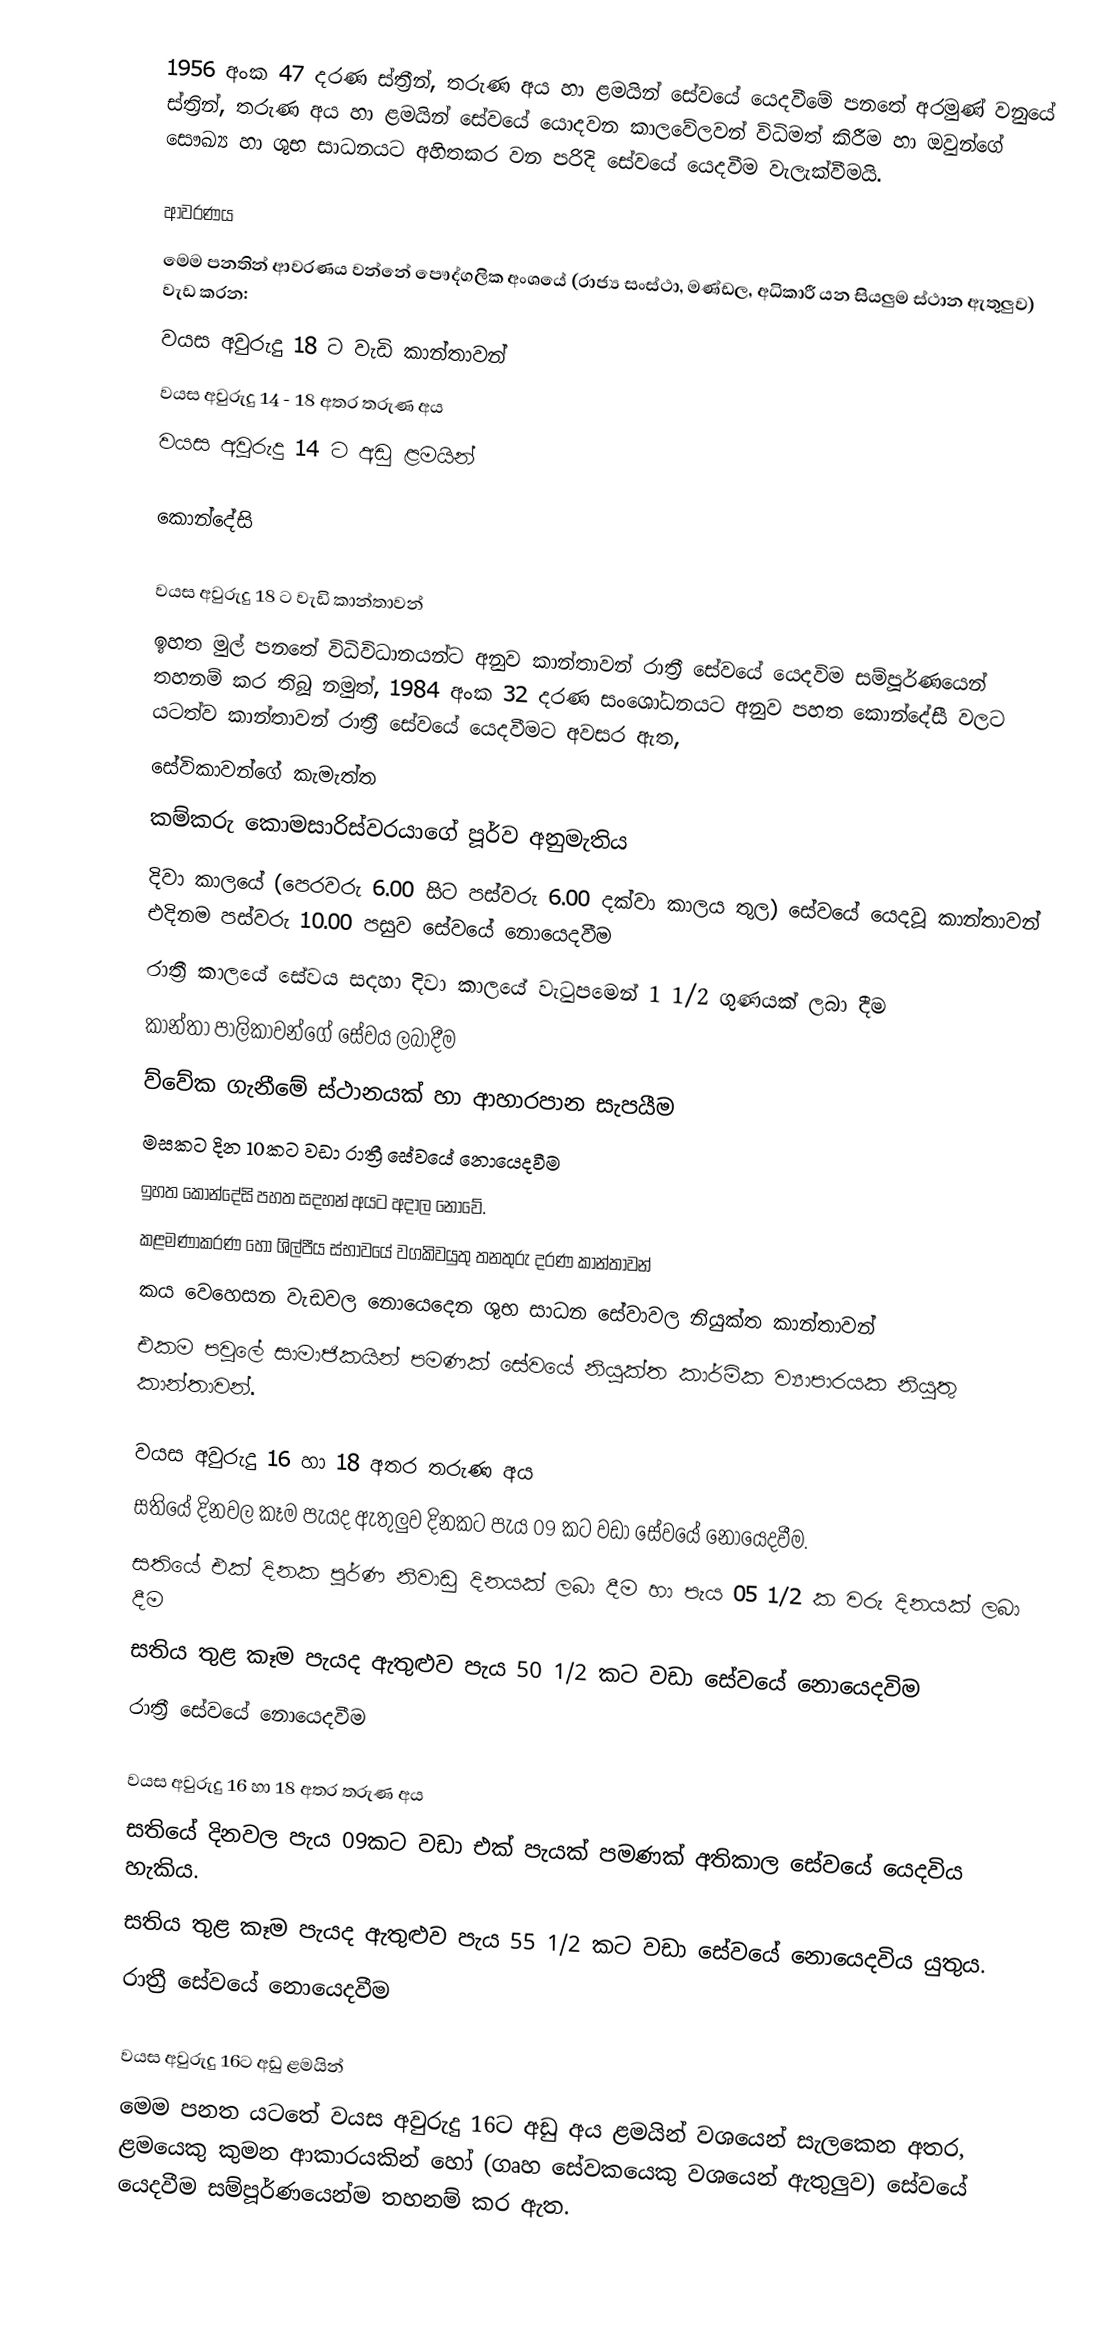
1956 අංක 47 දරණ ස්ත්‍රීන්, තරුණ අය හා ළමයින් සේවයේ යෙදවීමේ පනතේ අරමුණ් වනුයේ ස්ත්‍රින්, තරුණ අය හා ළමයින් සේවයේ යොදවන කාලවේලවන් විධිමත් කිරීම හා ඔවුන්ගේ සෞඛ්‍ය හා ශුභ සාධනයට අහිතකර වන පරිදි සේවයේ යෙදවීම වැලැක්වීමයි.

ආවරණය
මෙම පනතින් ආවරණය වන්නේ පෞද්ගලික අංශයේ (රාජ්‍ය සංස්ථා, මණ්ඩල, අධිකාරී යන සියලුම ස්ථාන ඇතුලුව) වැඩ කරන:
 වයස අවුරුදු 18 ට වැඩි කාන්තාවන්
 වයස අවුරුදු  14 - 18 අතර තරුණ අය
 වයස අවුරුදු 14 ට අඩු ළමයින්

කොන්දේසි

වයස අවුරුදු 18 ට වැඩි කාන්තාවන්
ඉහත මුල් පනතේ විධිවිධානයන්ට අනුව කාන්තාවන් රාත්‍රී සේවයේ යෙදවිම සම්පූර්ණයෙන් තහනම් කර තිබූ නමුත්, 1984 අංක 32 දරණ සංශෝධනයට අනුව පහත කොන්දේසී වලට යටත්ව කාන්තාවන් රාත්‍රී සේවයේ යෙදවීමට අවසර ඇත,
 සේවිකාවන්ගේ කැමැත්ත
 කම්කරු කොමසාරිස්වරයාගේ පූර්ව අනුමැතිය
 දිවා කාලයේ  (පෙරවරු 6.00 සිට පස්වරු 6.00 දක්වා කාලය තුල) සේවයේ යෙදවූ කාන්තාවන් එදිනම පස්වරු 10.00 පසුව සේවයේ නොයෙදවීම
 රාත්‍රී කාලයේ සේවය සදහා දිවා කාලයේ වැටුපමෙන් 1 1/2 ගුණයක් ලබා දීම
 කාන්තා පාලිකාවන්ගේ සේවය ලබාදීම
 ව්වේක ගැනීමේ ස්ථානයක් හා ආහාරපාන සැපයීම
 මසකට දින 10කට වඩා රාත්‍රී සේවයේ නොයෙදවීම
ඉහත කොන්දේසි පහත සදහන් අයට අදාල නොවේ.
 කළමණාකරණ හෝ ශිල්පීය ස්භාවයේ වගකිවයුතු තනතුරු දරණ කාන්තාවන්
 කය වෙහෙසන වැඩවල නොයෙදෙන ශුභ සාධන සේවාවල නියුක්ත කාන්තාවන්
 එකම පවුලේ සාමාජිකයින් පමණක් සේවයේ නියුක්ත කාර්මික ව්‍යාපාරයක නියුතු කාන්තාවන්.

වයස අවුරුදු 16 හා 18 අතර තරුණ අය
 සතියේ දිනවල කෑම පැයද ඇතුලුව දිනකට පැය 09 කට වඩා සේවයේ නොයෙදවීම.
 සතියේ එක් දිනක පූර්ණ නිවාඩු දිනයක් ලබා දීම හා පැය 05 1/2 ක වරු දිනයක් ලබා දීම
 සතිය තුළ කෑම පැයද ඇතුළුව පැය 50 1/2 කට වඩා සේවයේ නොයෙදවිම
 රාත්‍රී සේවයේ නොයෙදවීම

වයස අවුරුදු 16 හා 18 අතර තරුණ අය
 සතියේ දිනවල පැය 09කට වඩා එක් පැයක් පමණක් අතිකාල සේවයේ යෙදවිය හැකිය.
 සතිය තුළ කෑම පැයද ඇතුළුව පැය 55 1/2 කට වඩා  සේවයේ නොයෙදවිය යුතුය.
 රාත්‍රී සේවයේ නොයෙදවීම

වයස අවුරුදු 16ට අඩු ළමයින්
මෙම පනත යටතේ වයස අවුරුදු 16ට අඩු අය ළමයින් වශයෙන් සැලකෙන අතර, ළමයෙකු කුමන ආකාරයකින් හෝ (ගෘහ සේවකයෙකු වශයෙන් ඇතුලුව) සේවයේ යෙදවීම සම්පූර්ණයෙන්ම තහනම් කර ඇත.